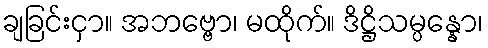
ချခြင်းငှာ။ အဘဗ္ဗော၊ မထိုက်။ ဒိဋ္ဌိသမ္ပန္နော၊